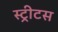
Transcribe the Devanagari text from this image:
स्ट्रीटस